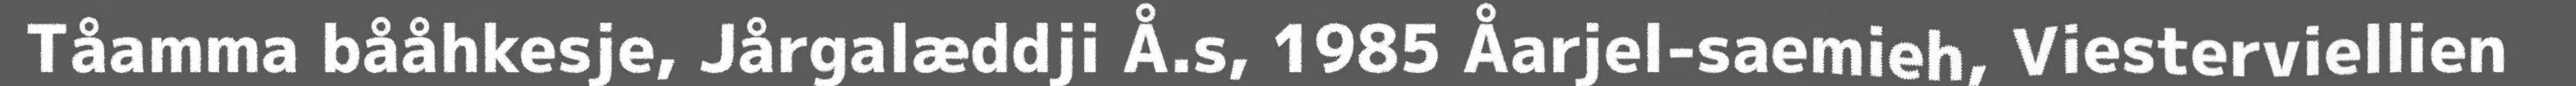
Tåamma bååhkesje, Jårgalæddji Å.s, 1985 Åarjel-saemieh, Viesterviellien